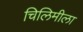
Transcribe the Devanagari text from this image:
चिलिमीला